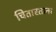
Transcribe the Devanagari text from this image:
चितारताना